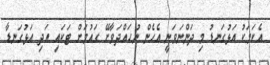
އެކަމަަކު އަޅުގަނޑު މި ދަންނަވަނީ އެހެން ނުހައްދަވާށޭ ގައުމަށް ޓަކައި އަދި އަޅުގަނޑާ